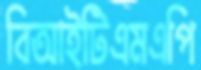
বিআইটিএমএপি